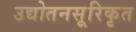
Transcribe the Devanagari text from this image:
उद्योतनसूरिकृत